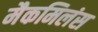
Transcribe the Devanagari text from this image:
मैकमिलंस